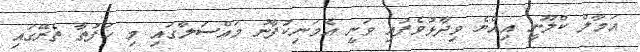
އަމާލް ކްލޫނީ އިއްޔެ ވިދާޅުވެފައި ވަނީ އެމަނިކުފާނު މައްސަލާގައި މި ހަފުތާ ތެރޭގައި